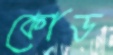
কোড